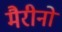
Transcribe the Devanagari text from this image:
मैरीनों